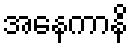
အနေကာနိ